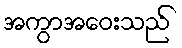
အကွာအဝေးသည်